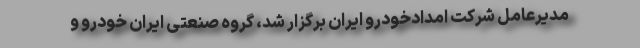
مدیرعامل شرکت امدادخودرو ایران برگزار شد، گروه صنعتی ایران خودرو و